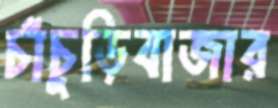
চাঁচুড়িবাজার